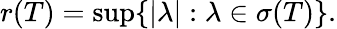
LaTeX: r(T)=\operatorname*{sup}\{ |\lambda|:\lambda\in\sigma(T)\} .